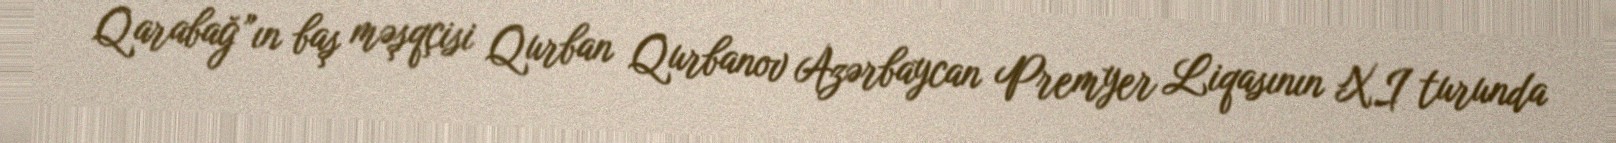
Qarabağ”ın baş məşqçisi Qurban Qurbanov Azərbaycan Premyer Liqasının XI turunda